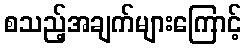
စသည့်အချက်များကြောင့်